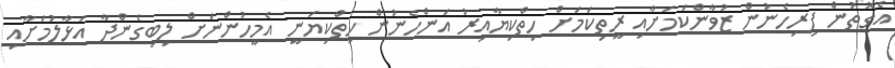
އެގޮތުން ފިރިހެނުން ޒުވާންކަމަށާއި ރީތިކަމަށް ހިތްކިޔާއިރު އަންހެނުން ހިތްކިޔަނީ އެމީހުންނަށް ލިބިގެންދާ އަޅާލުމަށާއި